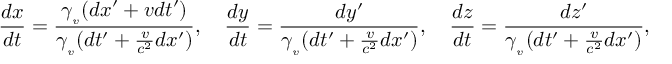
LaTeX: { \frac { d x } { d t } } = { \frac { \gamma _ { _ { v } } ( d x ^ { \prime } + v d t ^ { \prime } ) } { \gamma _ { _ { v } } ( d t ^ { \prime } + { \frac { v } { c ^ { 2 } } } d x ^ { \prime } ) } } , \quad { \frac { d y } { d t } } = { \frac { d y ^ { \prime } } { \gamma _ { _ { v } } ( d t ^ { \prime } + { \frac { v } { c ^ { 2 } } } d x ^ { \prime } ) } } , \quad { \frac { d z } { d t } } = { \frac { d z ^ { \prime } } { \gamma _ { _ { v } } ( d t ^ { \prime } + { \frac { v } { c ^ { 2 } } } d x ^ { \prime } ) } } ,